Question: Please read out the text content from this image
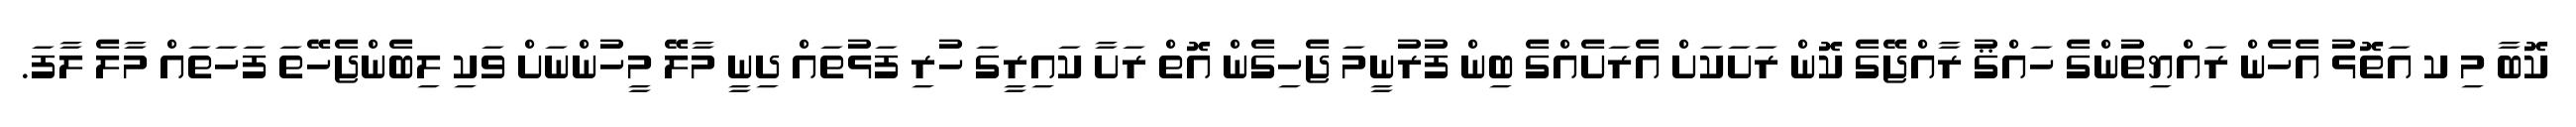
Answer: ކޮބާ މި ކ އަތޮޅު އެހެން ރައްޔިތުންގެ ހައްޤު ރާއްޖޭގެ ކޮން ރަށަކަށް އެރަށެއްގެ ބިން ފުރުނީމަ ޖެހިގެން އޮތް ރަށާ ކައިރީގަ ހުރި ފަޅުތައް ދިނީ މާލޭ މީހުންނަށް ވަކި ލިބެންޖެހޭތަ ފަހަތައް މާލެ ލާފަ.